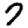
Digit: 7